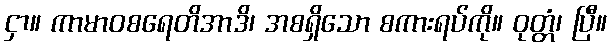
ငှာ။ ကာမာဝစရေတိအာဒိ၊ အစရှိသော စကားရပ်ကို။ ဝုတ္တံ၊ ပြီ။